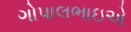
ગોપાલભાઇએ